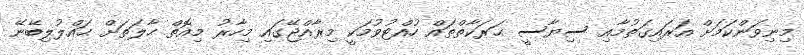
މިނިވަންކަމަށް އަރައިގަތުމާއި ސިޔާސީ ޙަރަކާތްތައް ހުއްޓުވުމަކީ މިރާއްޖޭގައި މިހާރު މިއޮތް ޙާލަތަށް ޙައްލުލިބޭނޭ